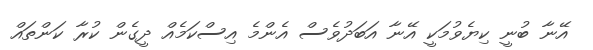
އޭނާ ބުނީ ކިޔެވުމަކީ އޭނާ އަބަދުވެސް އެންމެ އިސްކަމެއް ދީގެން ކުރާ ކަންތައް